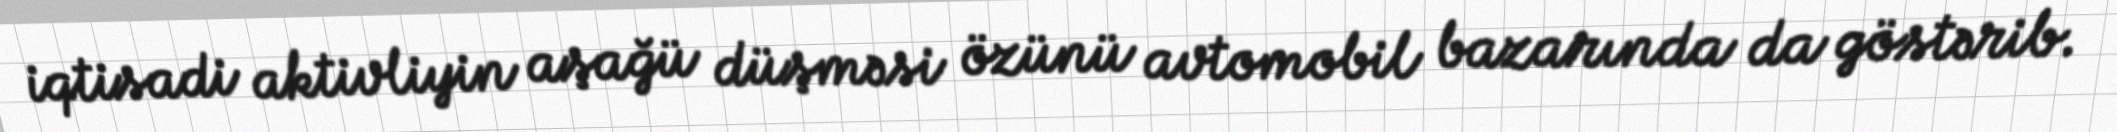
iqtisadi aktivliyin aşağü düşməsi özünü avtomobil bazarında da göstərib.